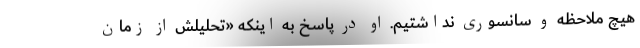
هیچ ملاحظه و سانسوری نداشتیم. او در پاسخ به اینکه «تحلیلش از زمان